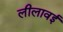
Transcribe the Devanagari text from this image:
लीलावई